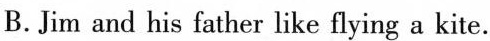
B. Jim and his father like flying a kite.